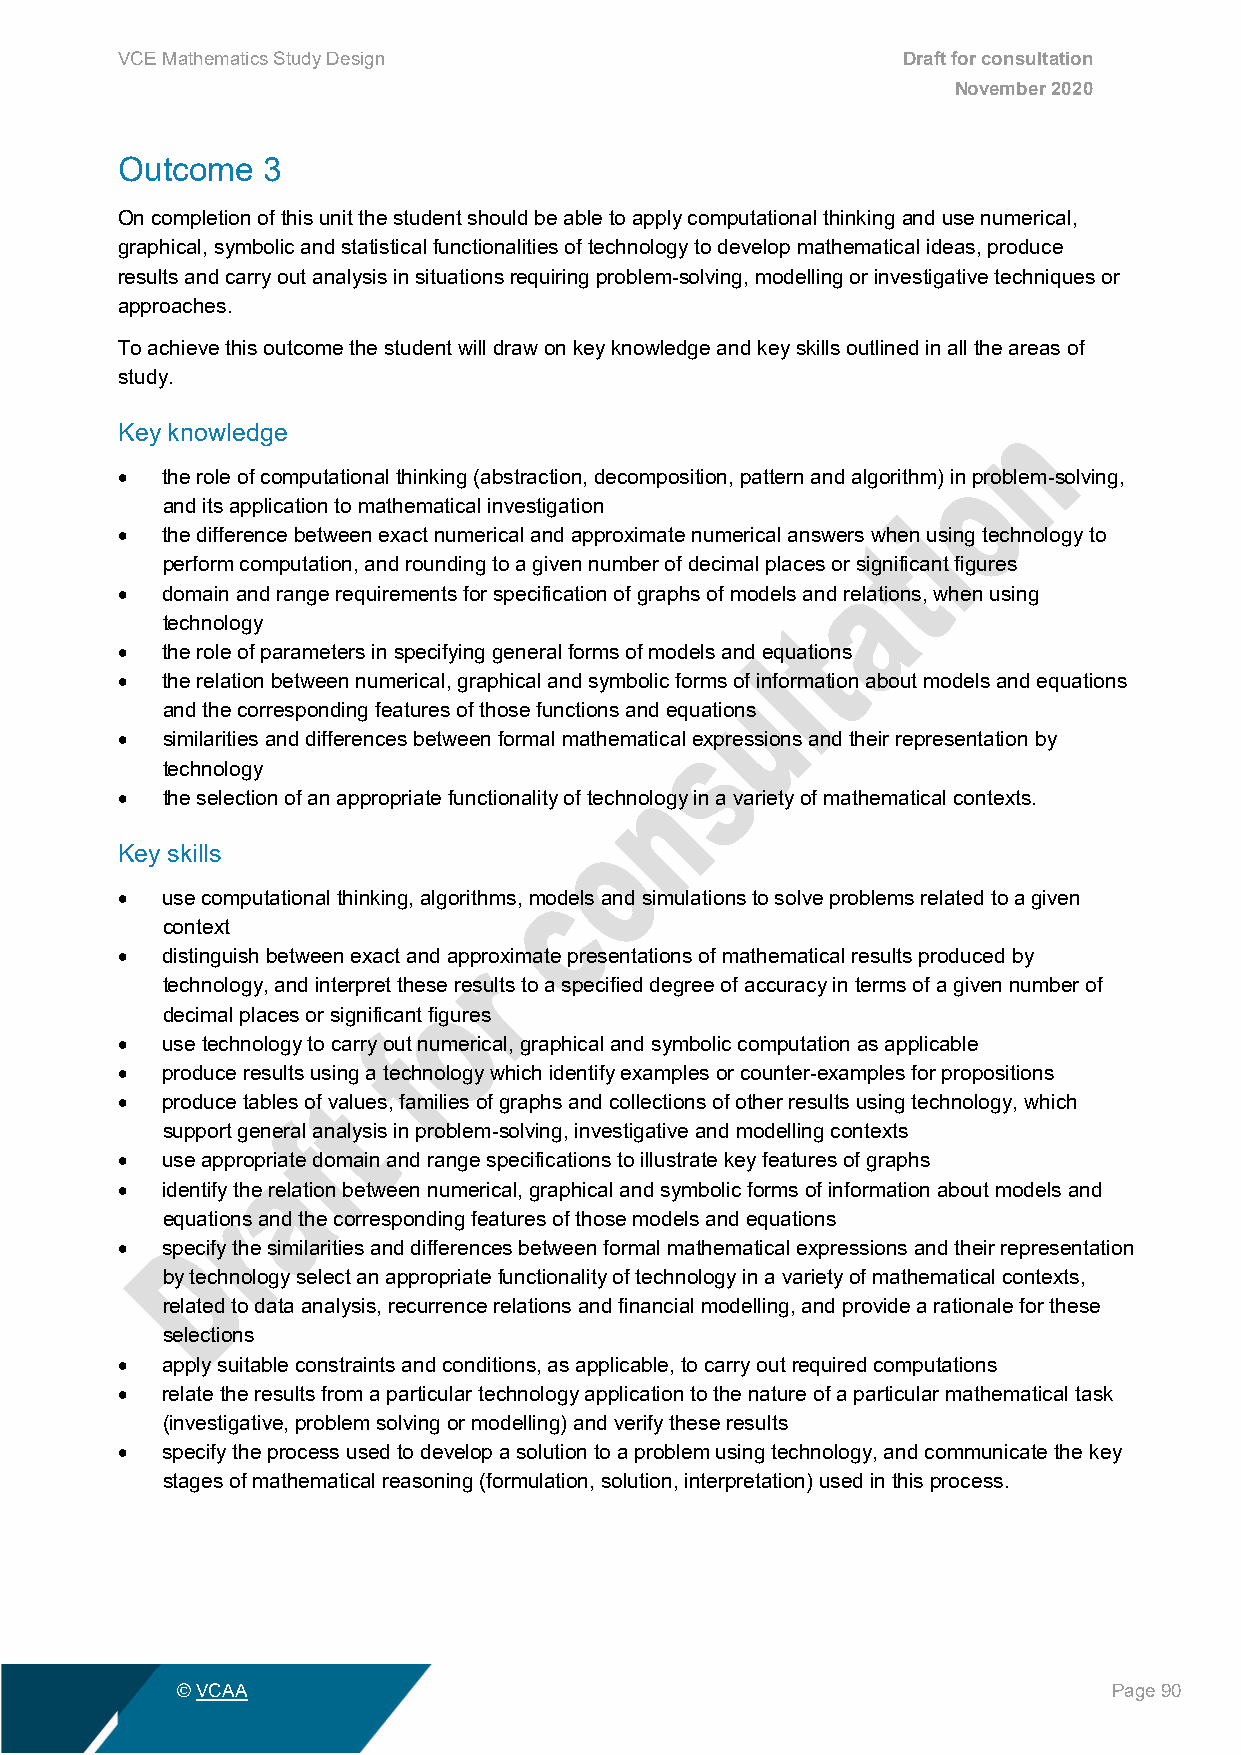
VCE Mathematics Study Design                        Draft for consultation
 November 2020
 Outcome  3
 On completion of this unit the student should be able to apply computational thinking and use numerical,
 graphical, symbolic and statistical functionalities of technology to develop mathematical ideas, produce
 results and carry out analysis in situations requiring problem-solving, modelling or investigative techniques or
 approaches.
 To achieve this outcome the student will draw on key knowledge and key skills outlined in all the areas of
 study.
 Key knowledge
 •  the role of computational thinking (abstraction, decomposition, pattern and algorithm) in problem-solving,
 and its application to mathematical investigation
 •  the difference between exact numerical and approximate numerical answers when using technology to
 perform computation, and rounding to a given number of decimal places or significant figures
 •  domain and range requirements for specification of graphs of models and relations, when using
 technology
 •  the role of parameters in specifying general forms of models and equations
 •  the relation between numerical, graphical and symbolic forms of information about models and equations
 and the corresponding features of those functions and equations
 •  similarities and differences between formal mathematical expressions and their representation by
 technology
 •  the selection of an appropriate functionality of technology in a variety of mathematical contexts.
 Key skills
 •  use computational thinking, algorithms, models and simulations to solve problems related to a given
 context
 •  distinguish between exact and approximate presentations of mathematical results produced by
 technology, and interpret these results to a specified degree of accuracy in terms of a given number of
 decimal places or significant figures
 •  use technology to carry out numerical, graphical and symbolic computation as applicable
 •  produce results using a technology which identify examples or counter-examples for propositions
 •  produce tables of values, families of graphs and collections of other results using technology, which
 support general analysis in problem-solving, investigative and modelling contexts
 •  use appropriate domain and range specifications to illustrate key features of graphs
 •  identify the relation between numerical, graphical and symbolic forms of information about models and
 equations and the corresponding features of those models and equations
 •  specify the similarities and differences between formal mathematical expressions and their representation
 by technology select an appropriate functionality of technology in a variety of mathematical contexts,
 related to data analysis, recurrence relations and financial modelling, and provide a rationale for these
 selections
 •  apply suitable constraints and conditions, as applicable, to carry out required computations
 •  relate the results from a particular technology application to the nature of a particular mathematical task
 (investigative, problem solving or modelling) and verify these results
 •  specify the process used to develop a solution to a problem using technology, and communicate the key
 stages of mathematical reasoning (formulation, solution, interpretation) used in this process.
 © VCAA                                                        Page 90